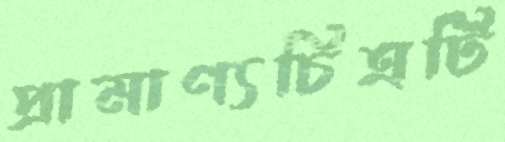
প্রামাণ্যচিত্রটি